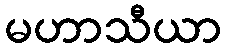
မဟာသီယာ